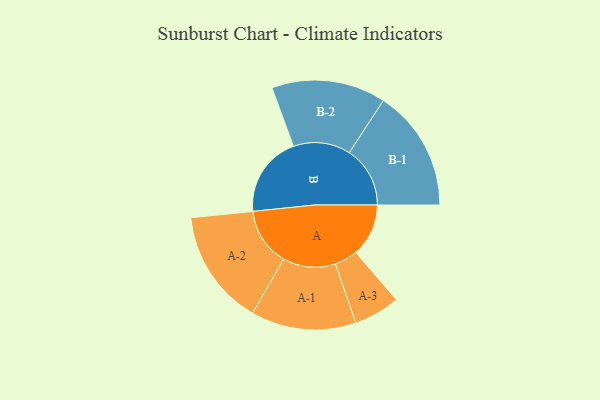
{"axis": {"x": "Segment", "y": "Value"}, "legend": ["", "A", "B"], "data": [{"x": "A", "y": 256, "type": ""}, {"x": "B", "y": 393, "type": ""}, {"x": "A-1", "y": 255, "type": "A"}, {"x": "A-2", "y": 281, "type": "A"}, {"x": "A-3", "y": 112, "type": "A"}, {"x": "B-1", "y": 295, "type": "B"}, {"x": "B-2", "y": 277, "type": "B"}]}